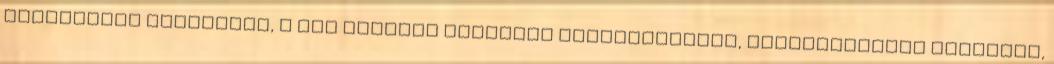
termékeket nyugodtan, a nap bármely szakában végignézheted, keresgélhetsz közöttük,